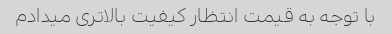
با توجه به قیمت انتظار کیفیت بالاتری میدادم